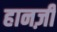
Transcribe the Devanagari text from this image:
हानज़ी